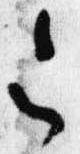
令